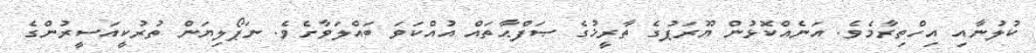
ކުލުނާއި އިހްތިރާމެވެ. އަނެއްކޮޅުން ޔޫރަޕުގެ ތާރީޚުގެ ޞަފްޙާތައް އުއްކަވަ ބައްލަވާށެވެ. ނަޕޯލިޔަން ތުރުކީއަސީރުންގެ